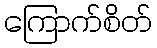
ကြောက်စိတ်